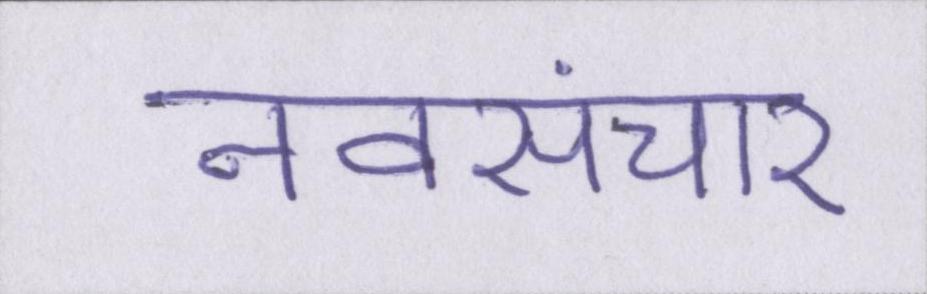
नवसंचार